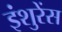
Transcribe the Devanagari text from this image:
इंशुरेंस